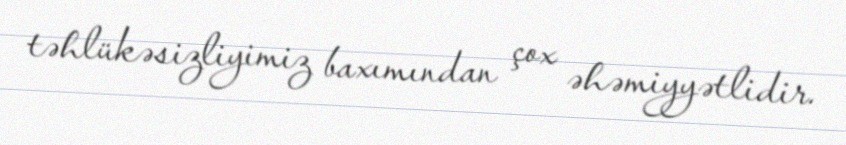
təhlükəsizliyimiz baxımından çox əhəmiyyətlidir.